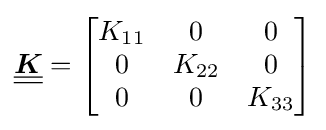
{\underline {\underline {\boldsymbol {K}}}}={\begin{bmatrix}K_{11}&0&0\\0&K_{22}&0\\0&0&K_{33}\end{bmatrix}}